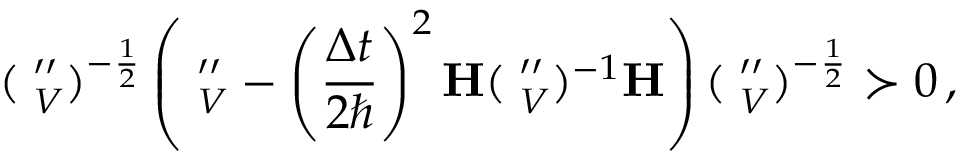
( \mathbf \Lambda _ { V } ^ { \prime \prime } ) ^ { - \frac 1 2 } \left( \mathbf \Lambda _ { V } ^ { \prime \prime } - \left( \frac { \Delta t } { 2 \hbar } \right) ^ { 2 } \mathbf H ( \mathbf \Lambda _ { V } ^ { \prime \prime } ) ^ { - 1 } \mathbf H \right) ( \mathbf \Lambda _ { V } ^ { \prime \prime } ) ^ { - \frac 1 2 } \succ 0 \, ,